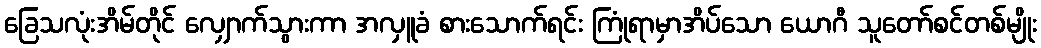
ခြေသလုံးအိမ်တိုင် လျှောက်သွားကာ အလှူခံ စားသောက်ရင်း ကြုံရာမှာအိပ်သော ယောဂီ သူတော်စင်တစ်မျိုး